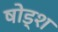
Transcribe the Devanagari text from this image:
षोड्श